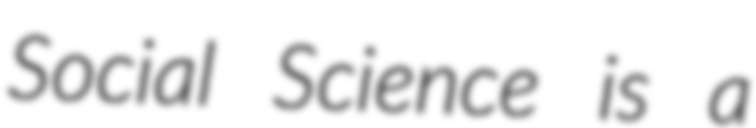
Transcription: Social Science is a